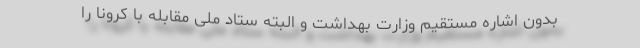
بدون اشاره مستقیم وزارت بهداشت و البته ستاد ملی مقابله با کرونا را